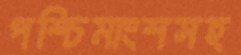
পশ্চিমাংশসহ